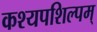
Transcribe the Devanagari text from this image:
कश्यपशिल्पम्